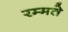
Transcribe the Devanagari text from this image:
रम्मते